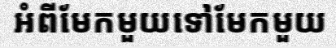
អំពីមែកមួយទៅមែកមួយ